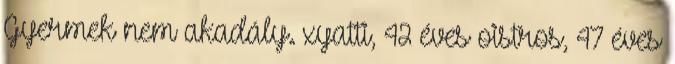
Gyermek nem akadály. xyatti, 42 éves oistros, 47 éves